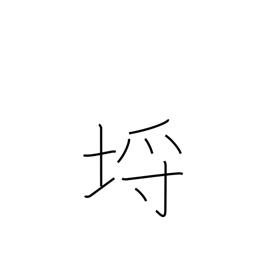
Meaning: limits